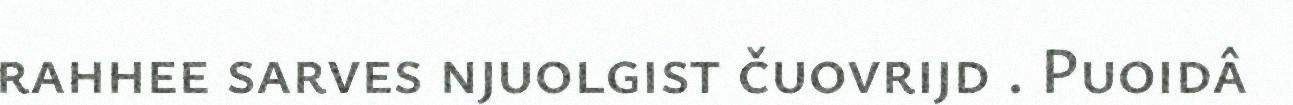
rahhee sarves njuolgist čuovrijd . Puoidâ